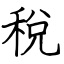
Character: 稅